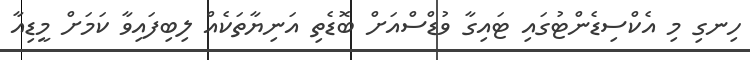
ހިނގި މި އެކްސިޑެންޓުގައި ޓައިގާ ވުޑްސްއަށް ބޮޑެތި އަނިޔާތަކެއް ލިބިފައިވާ ކަމަށް މީޑިއާ